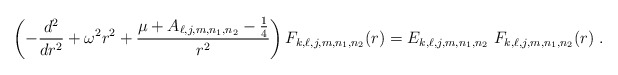
\begin{align*}\left( -\frac{d^{2}}{dr^{2}}+\omega ^{2}r^{2}+\frac{\mu +A_{\ell,j,m,n_1,n_2}-\frac{1}{4}}{r^{2}}\right) F_{k,\ell,j,m,n_1,n_2}(r)=E_{k,\ell,j,m,n_1,n_2}\ F_{k,\ell,j,m,n_1,n_2}(r) \ . \end{align*}